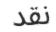
نقد